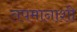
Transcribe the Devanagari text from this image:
तपमानाशी